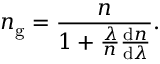
n _ { \mathrm { g } } = { \frac { n } { 1 + { \frac { \lambda } { n } } { \frac { \mathrm { d } n } { \mathrm { d } \lambda } } } } .